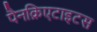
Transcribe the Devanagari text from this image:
पैनक्रिएटाइटस